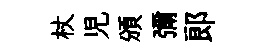
杖児頒彌郞